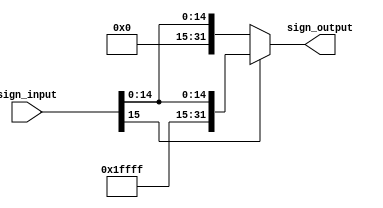
module Sign_Extend (
		input [15:0] sign_input,
		output [31:0] sign_output);
		
		assign sign_output = (sign_input[15] == 1'b1)? {16'b1111_1111_1111_1111, sign_input}:{16'b0, sign_input};
endmodule